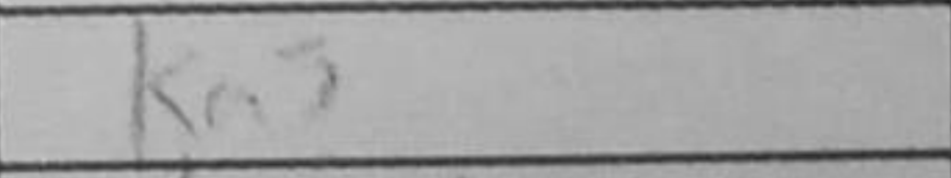
Transcription: Ka3